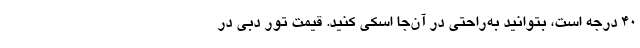
40 درجه است، بتوانید به‌راحتی در آن‌جا اسکی کنید. قیمت تور دبی در